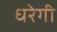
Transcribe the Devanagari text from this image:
धरेगी